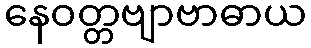
နေဝတ္တဗျာဗာဓာယ